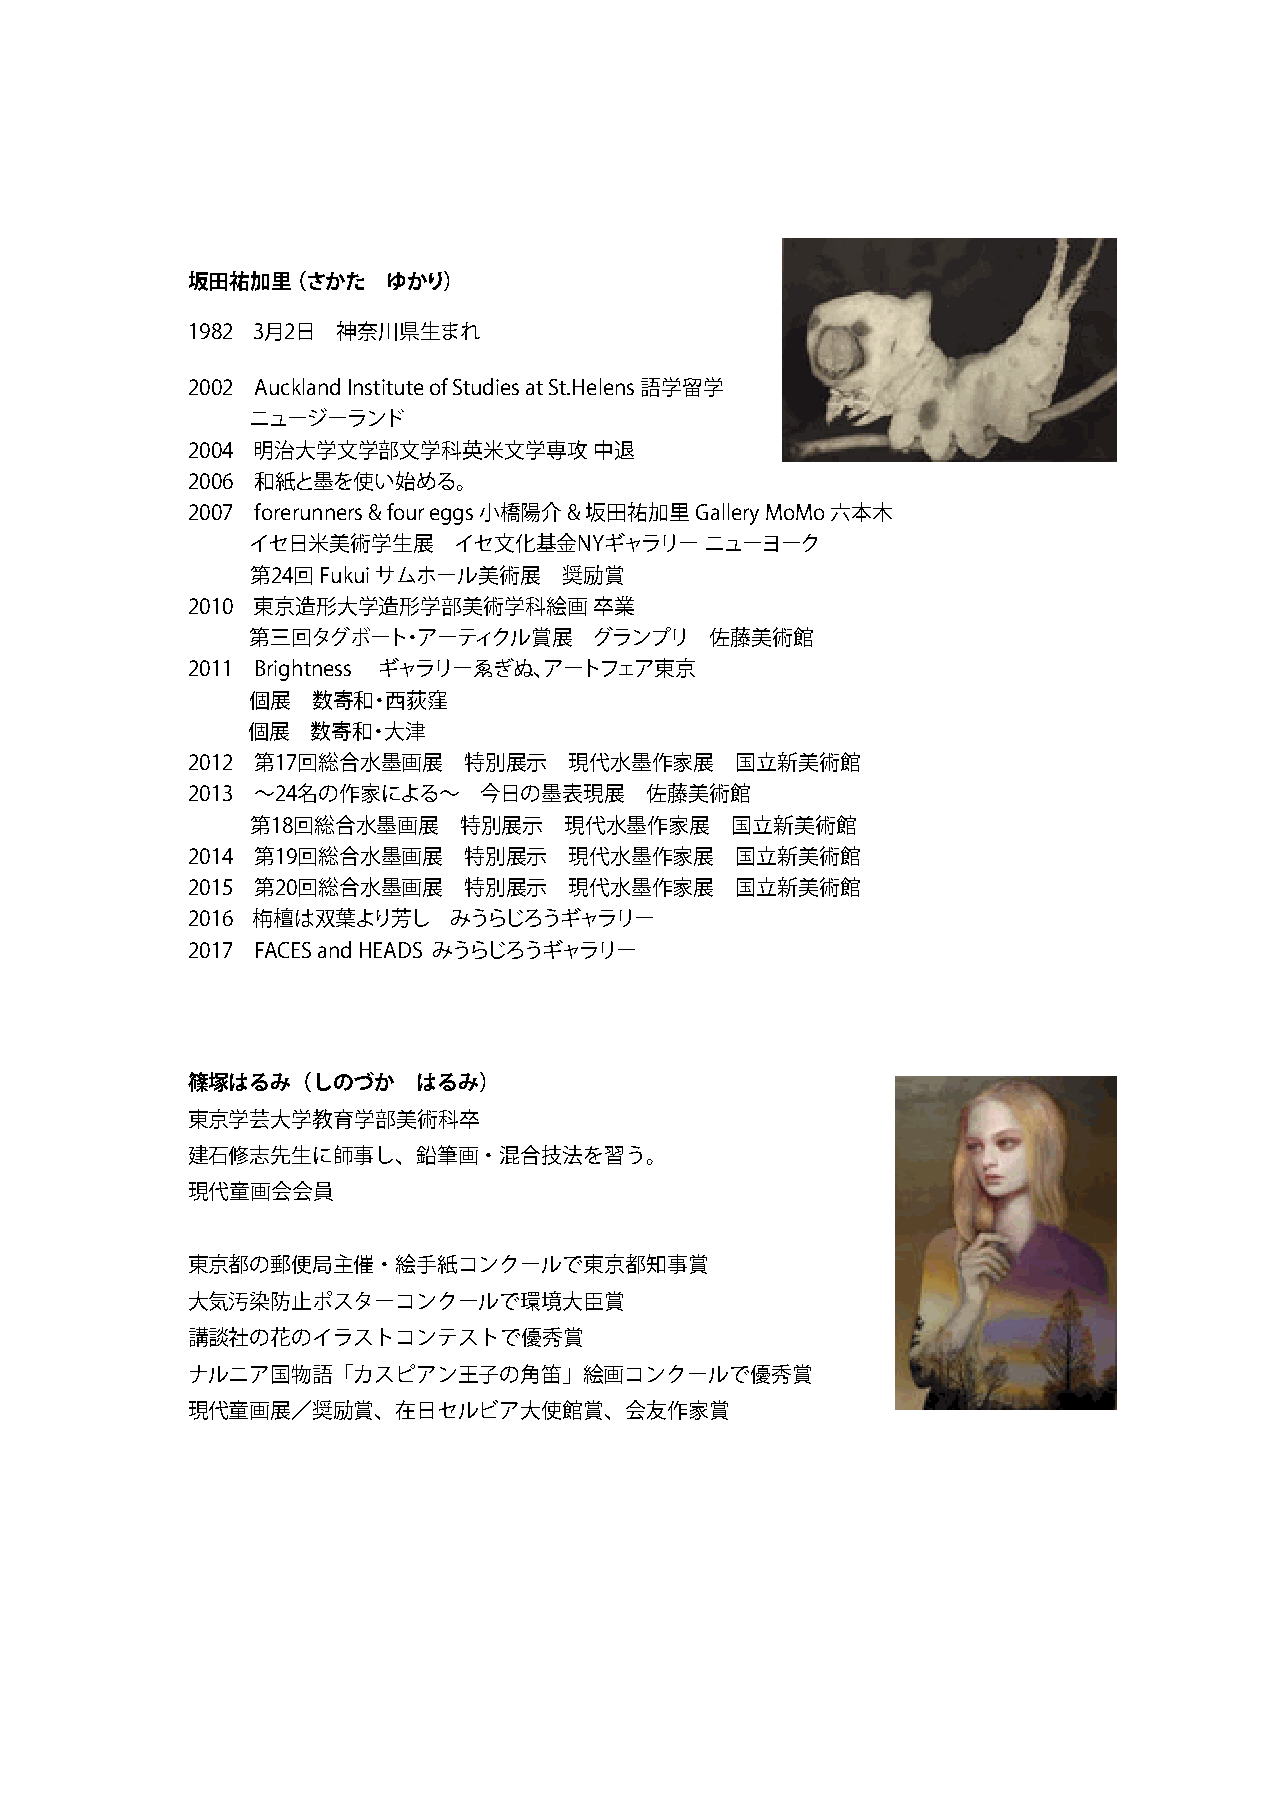
坂田祐加里（  さかた   ゆかり）
 1982 3月2日 神奈川県生まれ
 2002 Auckland Institute of Studies at St.Helens 語学留学
 ニュージーランド
 2004 明治大学文学部文学科英米文学専攻      中退
 2006 和紙と墨を使い始める。
 2007 forerunners & four eggs 小橋陽介 & 坂田祐加里 Gallery MoMo 六本木
 イセ日米美術学生展    イセ文化基金NYギャラリー    ニューヨーク
 第24回 Fukui サムホール美術展 奨励賞
 2010 東京造形大学造形学部美術学科絵画      卒業
 第三回タグボート・アーティクル賞展     グランプリ   佐藤美術館
 2011 Brightness ギャラリーゑぎぬ、アートフェア東京
 個展  数寄和・西荻窪
 個展   数寄和・大津
 2012 第17回総合水墨画展    特別展示   現代水墨作家展    国立新美術館
 2013 〜24名の作家による〜    今日の墨表現展    佐藤美術館
 第18回総合水墨画展   特別展示   現代水墨作家展    国立新美術館
 2014 第19回総合水墨画展    特別展示   現代水墨作家展    国立新美術館
 2015 第20回総合水墨画展    特別展示   現代水墨作家展    国立新美術館
 2016 栴檀は双葉より芳し    みうらじろうギャラリー
 2017 FACES and HEADS みうらじろうギャラリー
 篠塚はるみ（しのづか      はるみ）
 東京学芸大学教育学部美術科卒
 建石修志先生に師事し、鉛筆画・混合技法を習う。
 現代童画会会員
 東京都の郵便局主催・絵手紙コンクールで東京都知事賞
 大気汚染防止ポスターコンクールで環境大臣賞
 講談社の花のイラストコンテストで優秀賞
 ナルニア国物語「カスピアン王子の角笛」絵画コンクールで優秀賞
 現代童画展／奨励賞、在日セルビア大使館賞、会友作家賞